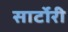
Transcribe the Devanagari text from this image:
सार्टोरी